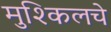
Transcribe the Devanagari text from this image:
मुश्किलचे